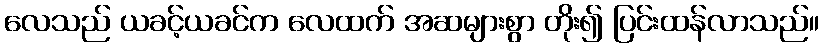
လေသည် ယခင့်ယခင်က လေထက် အဆများစွာ တိုး၍ ပြင်းထန်လာသည်။